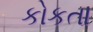
કોકતા